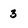
Character: 3